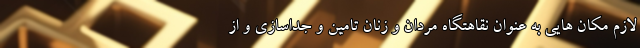
لازم مکان هایی به عنوان نقاهتگاه مردان و زنان تامین و جداسازی و از